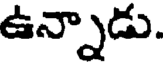
ఉన్నాడు.